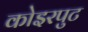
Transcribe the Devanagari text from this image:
कोइरपुट